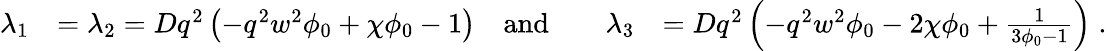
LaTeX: \begin{array}{rlrlrl}{\lambda_{1}}&{=\lambda_{2}=Dq^{2}\left(-q^{2}w^{2}\phi_{0}+\chi\phi_{0}-1\right)}&{\mathrm{and}}&{}&{\lambda_{3}}&{=Dq^{2}\left(-q^{2}w^{2}\phi_{0}-2\chi\phi_{0}+\frac{1}{3\phi_{0}-1}\right)\; .}\end{array}